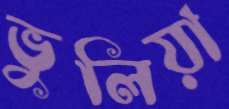
ভুলিয়া